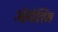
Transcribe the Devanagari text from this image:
ॲस्पेलिन